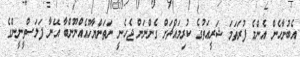
އެބުނާހެން އެންމެ ފުރަތަމަ ޝަރީޢަތުގެ ކުރިމައްޗަށް ގެންނަން ޖެހެނީ ނަތަންޔާހޫއެއްނޫންބާ އޭނާ ފަލަސްތީނީންގެ